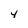
Character: 4